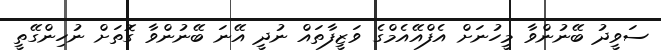
ސަވީދު ބޭނުންވާ މީހުނަށް އެފްއޭއެމްގެ ވަޒީފާތައް ނުދީ އޭނަ ބޭނުންވާ ގޮތަށް ނުހިންގޭތީ